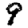
Digit: 9